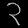
Digit: ၃